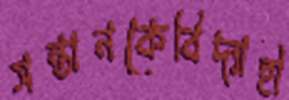
সন্তানকেবিদ্যাহী